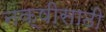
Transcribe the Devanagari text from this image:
नक्षीसाठी